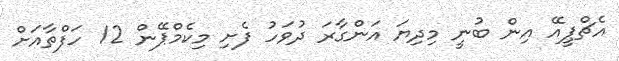
އެޗްޕީއޭ އިން ބުނީ މިދިޔަ އަންގާރަ ދުވަހު ފެށި މިކެމްޕޭން 12 ހަފްތާއަށް